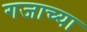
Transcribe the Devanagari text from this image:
गजाच्या